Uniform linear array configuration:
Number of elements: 8
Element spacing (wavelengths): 0.25
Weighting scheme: blackman
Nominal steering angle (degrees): -15
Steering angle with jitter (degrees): -16.358
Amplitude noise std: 0.05
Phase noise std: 0.05

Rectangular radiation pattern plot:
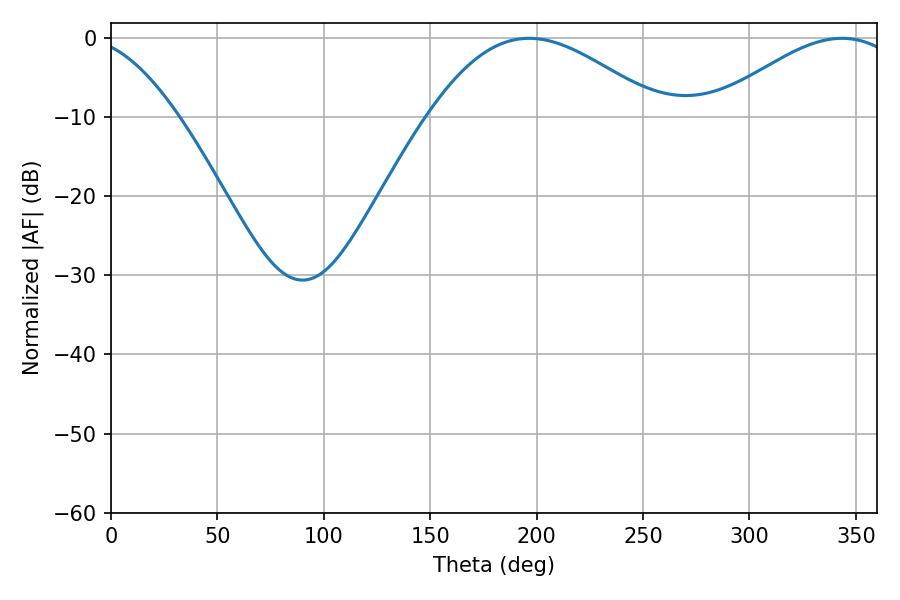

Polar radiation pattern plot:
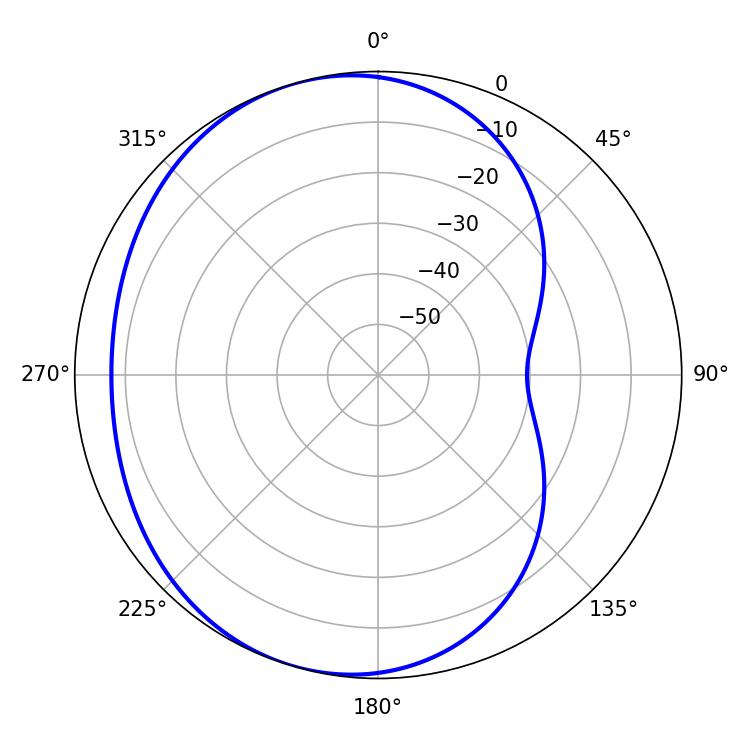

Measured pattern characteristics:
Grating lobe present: FALSE
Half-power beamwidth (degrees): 58.68
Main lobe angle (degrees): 196.38